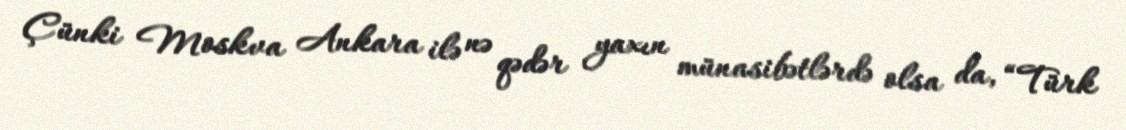
Çünki Moskva Ankara ilə nə qədər yaxın münasibətlərdə olsa da, “Türk